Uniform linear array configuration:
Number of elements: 48
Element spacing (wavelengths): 0.25
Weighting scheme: exponential
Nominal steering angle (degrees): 60
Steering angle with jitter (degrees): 58.852
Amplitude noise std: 0.05
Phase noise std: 0.05

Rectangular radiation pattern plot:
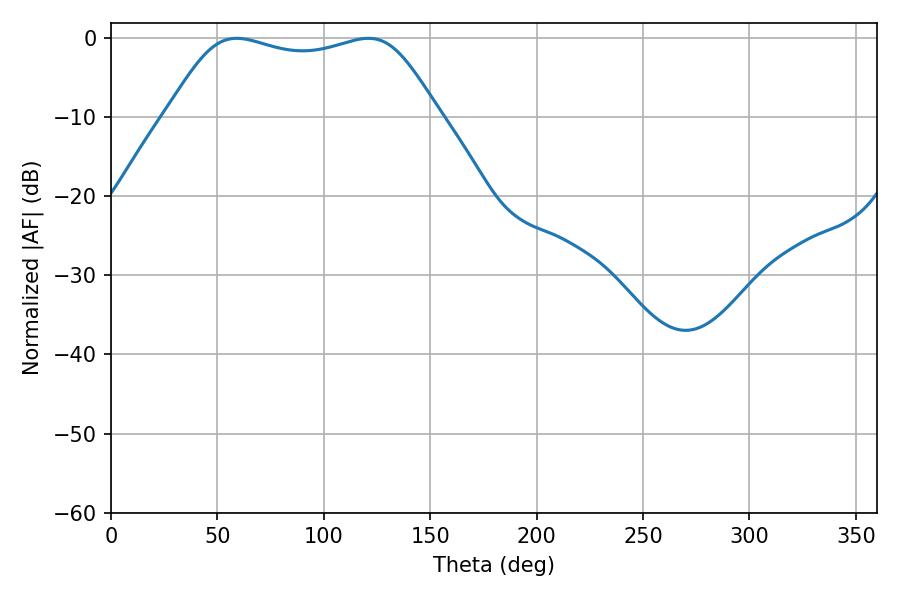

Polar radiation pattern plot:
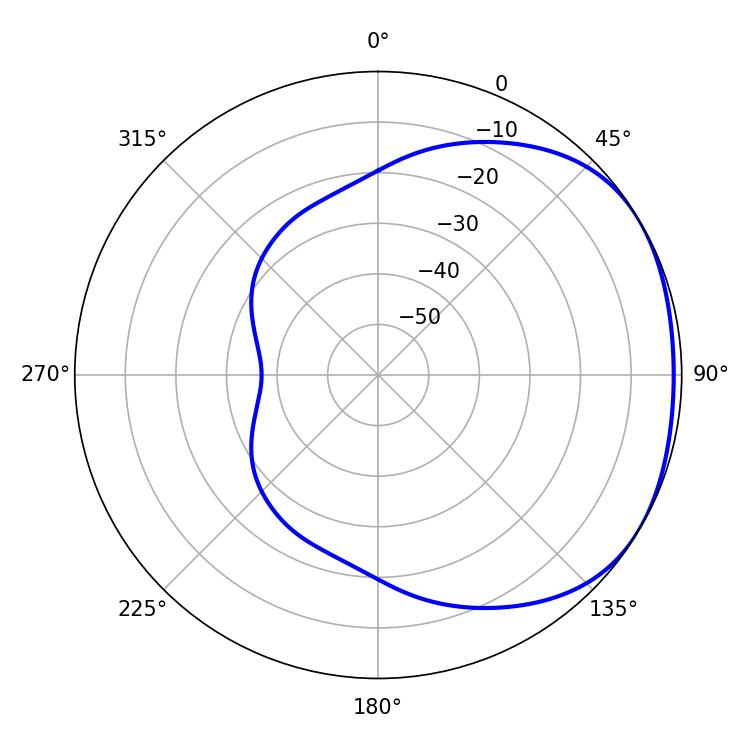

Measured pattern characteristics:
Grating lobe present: FALSE
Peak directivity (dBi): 1.734
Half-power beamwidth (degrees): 97.92
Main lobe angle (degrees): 59.04